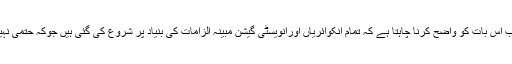
نیب اس بات کو واضح کرنا چاہتا ہے کہ تمام انکوائریاں اورانویسٹی گیشن مبینہ الزامات کی بنیاد پر شروع کی گئی ہیں جوکہ حتمی نہیں۔